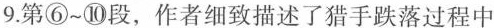
9.第⑥~⑩段，作者细致描述了猎手跌落过程中